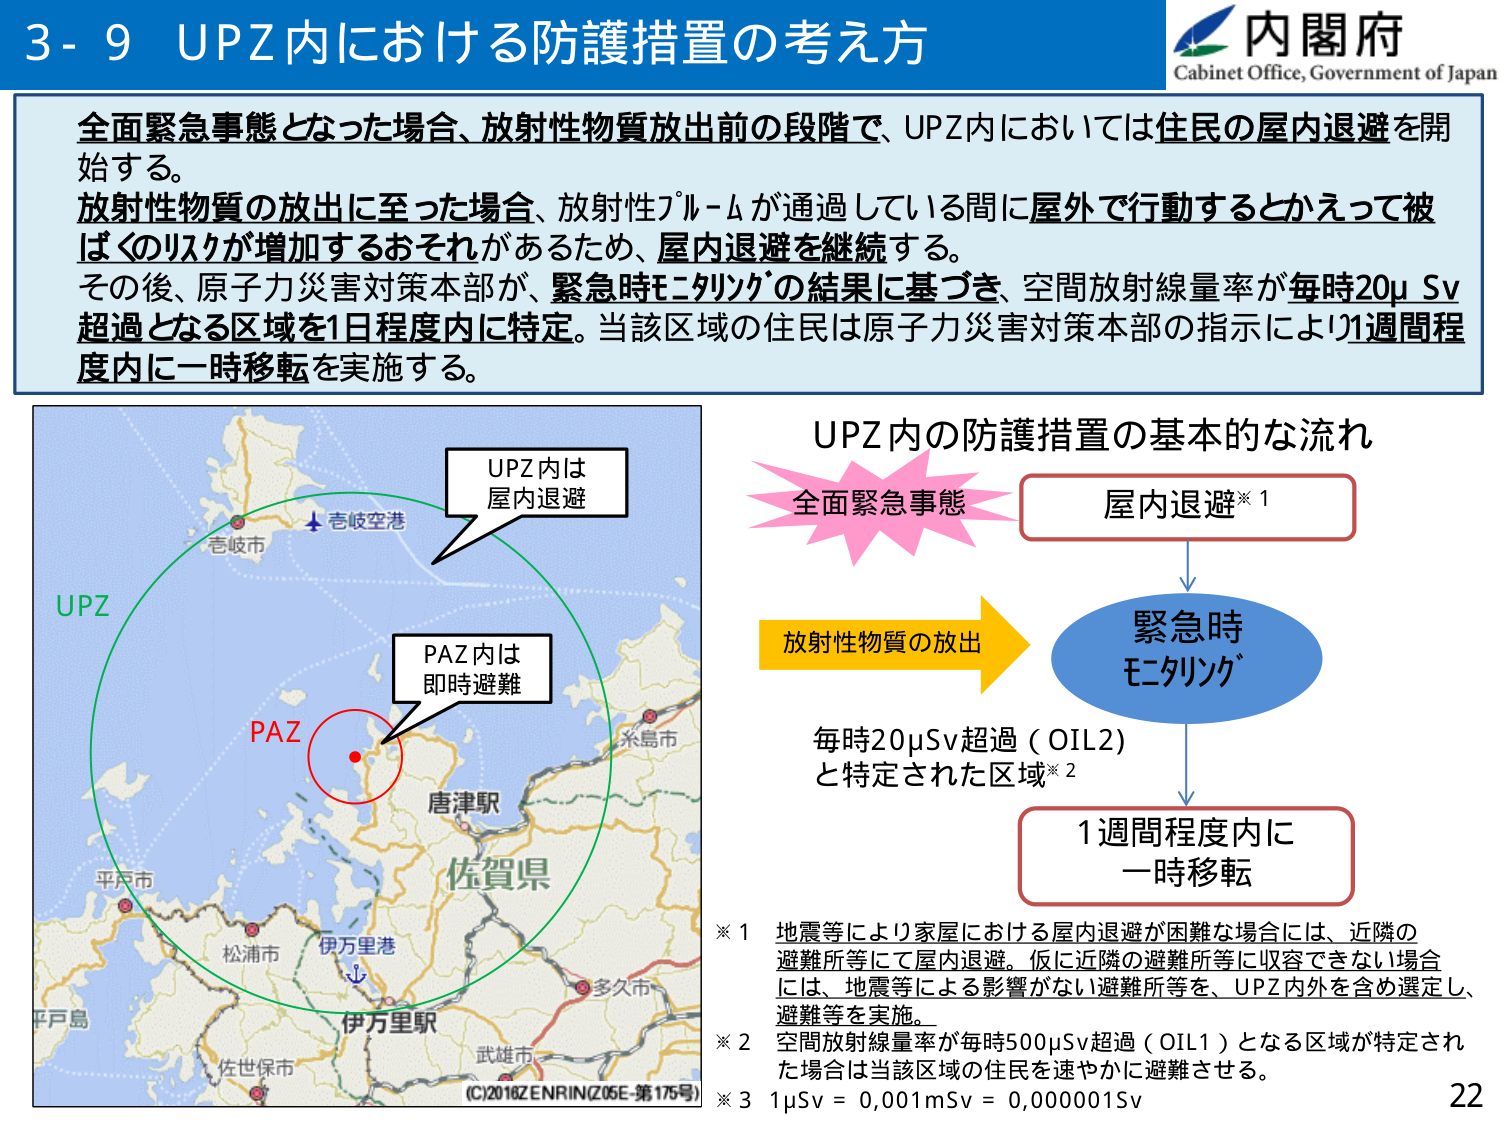
3-9 UPZ内における防護措置の考え方

内閣府
Cabinet Office, Government of Japan

全面緊急事態となった場合、放射性物質放出前の段階で、UPZ内においては住民の屋内退避を開始する。
放射性物質の放出に至った場合、放射性プルームが通過している間に屋外で行動するとかえって被ばくのリスクが増加するおそれがあるため、屋内退避を継続する。
その後、原子力災害対策本部が、緊急時モニタリングの結果に基づき、空間放射線量率が毎時20μSv超過となる区域を1日程度内に特定。当該区域の住民は原子力災害対策本部の指示により1週間程度内に一時移転を実施する。

UPZ
UPZ内は
屋内退避

PAZ
PAZ内は
即時避難

壱岐市
壱岐空港
糸島市
唐津駅
佐賀県
平戸市
松浦市
伊万里港
伊万里駅
多久市
武雄市
佐世保市
平戸島
(C)2018ZENRIN(Z05E-第175号)

UPZ内の防護措置の基本的な流れ

全面緊急事態 → 屋内退避※1
↓
放射性物質の放出 → 緊急時モニタリング
↓
毎時20μSv超過（OIL2）※2
と特定された区域
↓
1週間程度内に
一時移転

※1 地震等により家屋における屋内退避が困難な場合には、近隣の避難所等にて屋内退避。仮に近隣の避難所等に収容できない場合には、地震等による影響がない避難所等を、UPZ内外を含め選定し、避難等を実施。
※2 空間放射線量率が毎時500μSv超過（OIL1）となる区域が特定された場合は当該区域の住民を速やかに避難させる。
※3 1μSv = 0,001mSv = 0,000001Sv

22